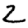
Digit: 2